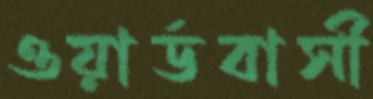
ওয়ার্ডবাসী